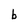
Character: b